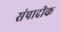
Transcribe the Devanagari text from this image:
संपादीक